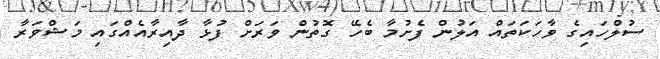
ސުލްހައިގެ ވާހަކަތައް އަލުން ފެށުމާ ބެހޭ ގޮތުން ވަރަށް ފުޅާ ދާއިރާއެއްގައި މަޝްވަރާ